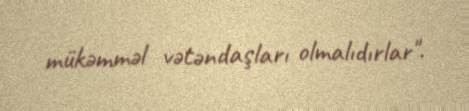
mükəmməl vətəndaşları olmalıdırlar".